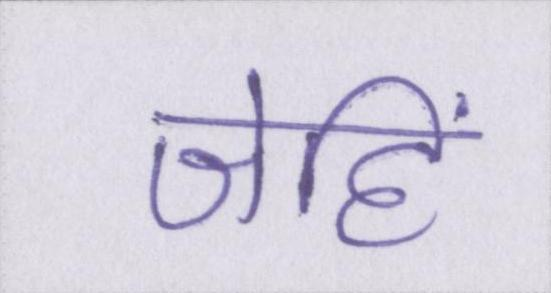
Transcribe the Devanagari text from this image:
जेहिं